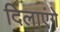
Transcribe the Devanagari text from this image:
दिलाएंगे